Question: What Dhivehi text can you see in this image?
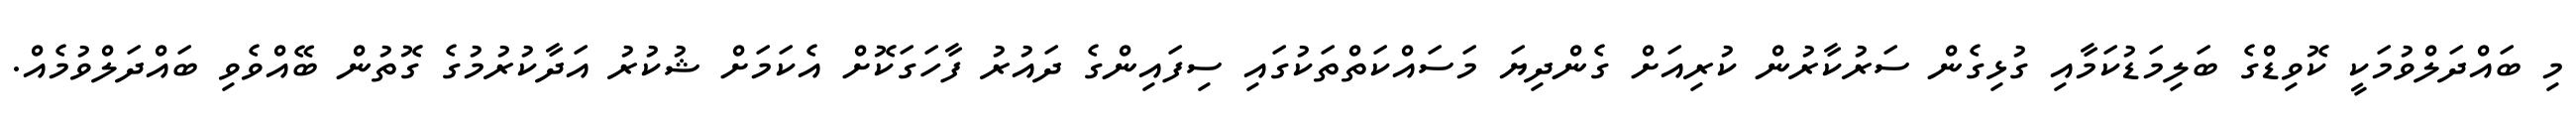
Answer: މި ބައްދަލްވުމަކީ ކޮވިޑްގެ ބަލިމަޑުކަމާއި ގުޅިގެން ސަރުކާރުން ކުރިއަށް ގެންދިޔަ މަސައްކަތްތަކުގައި ސިފައިންގެ ދައުރު ފާހަގަކޮށް އެކަމަށް ޝުކުރު އަދާކުރުމުގެ ގޮތުން ބޭއްވެވި ބައްދަލްވުމެއް.